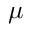
\mu